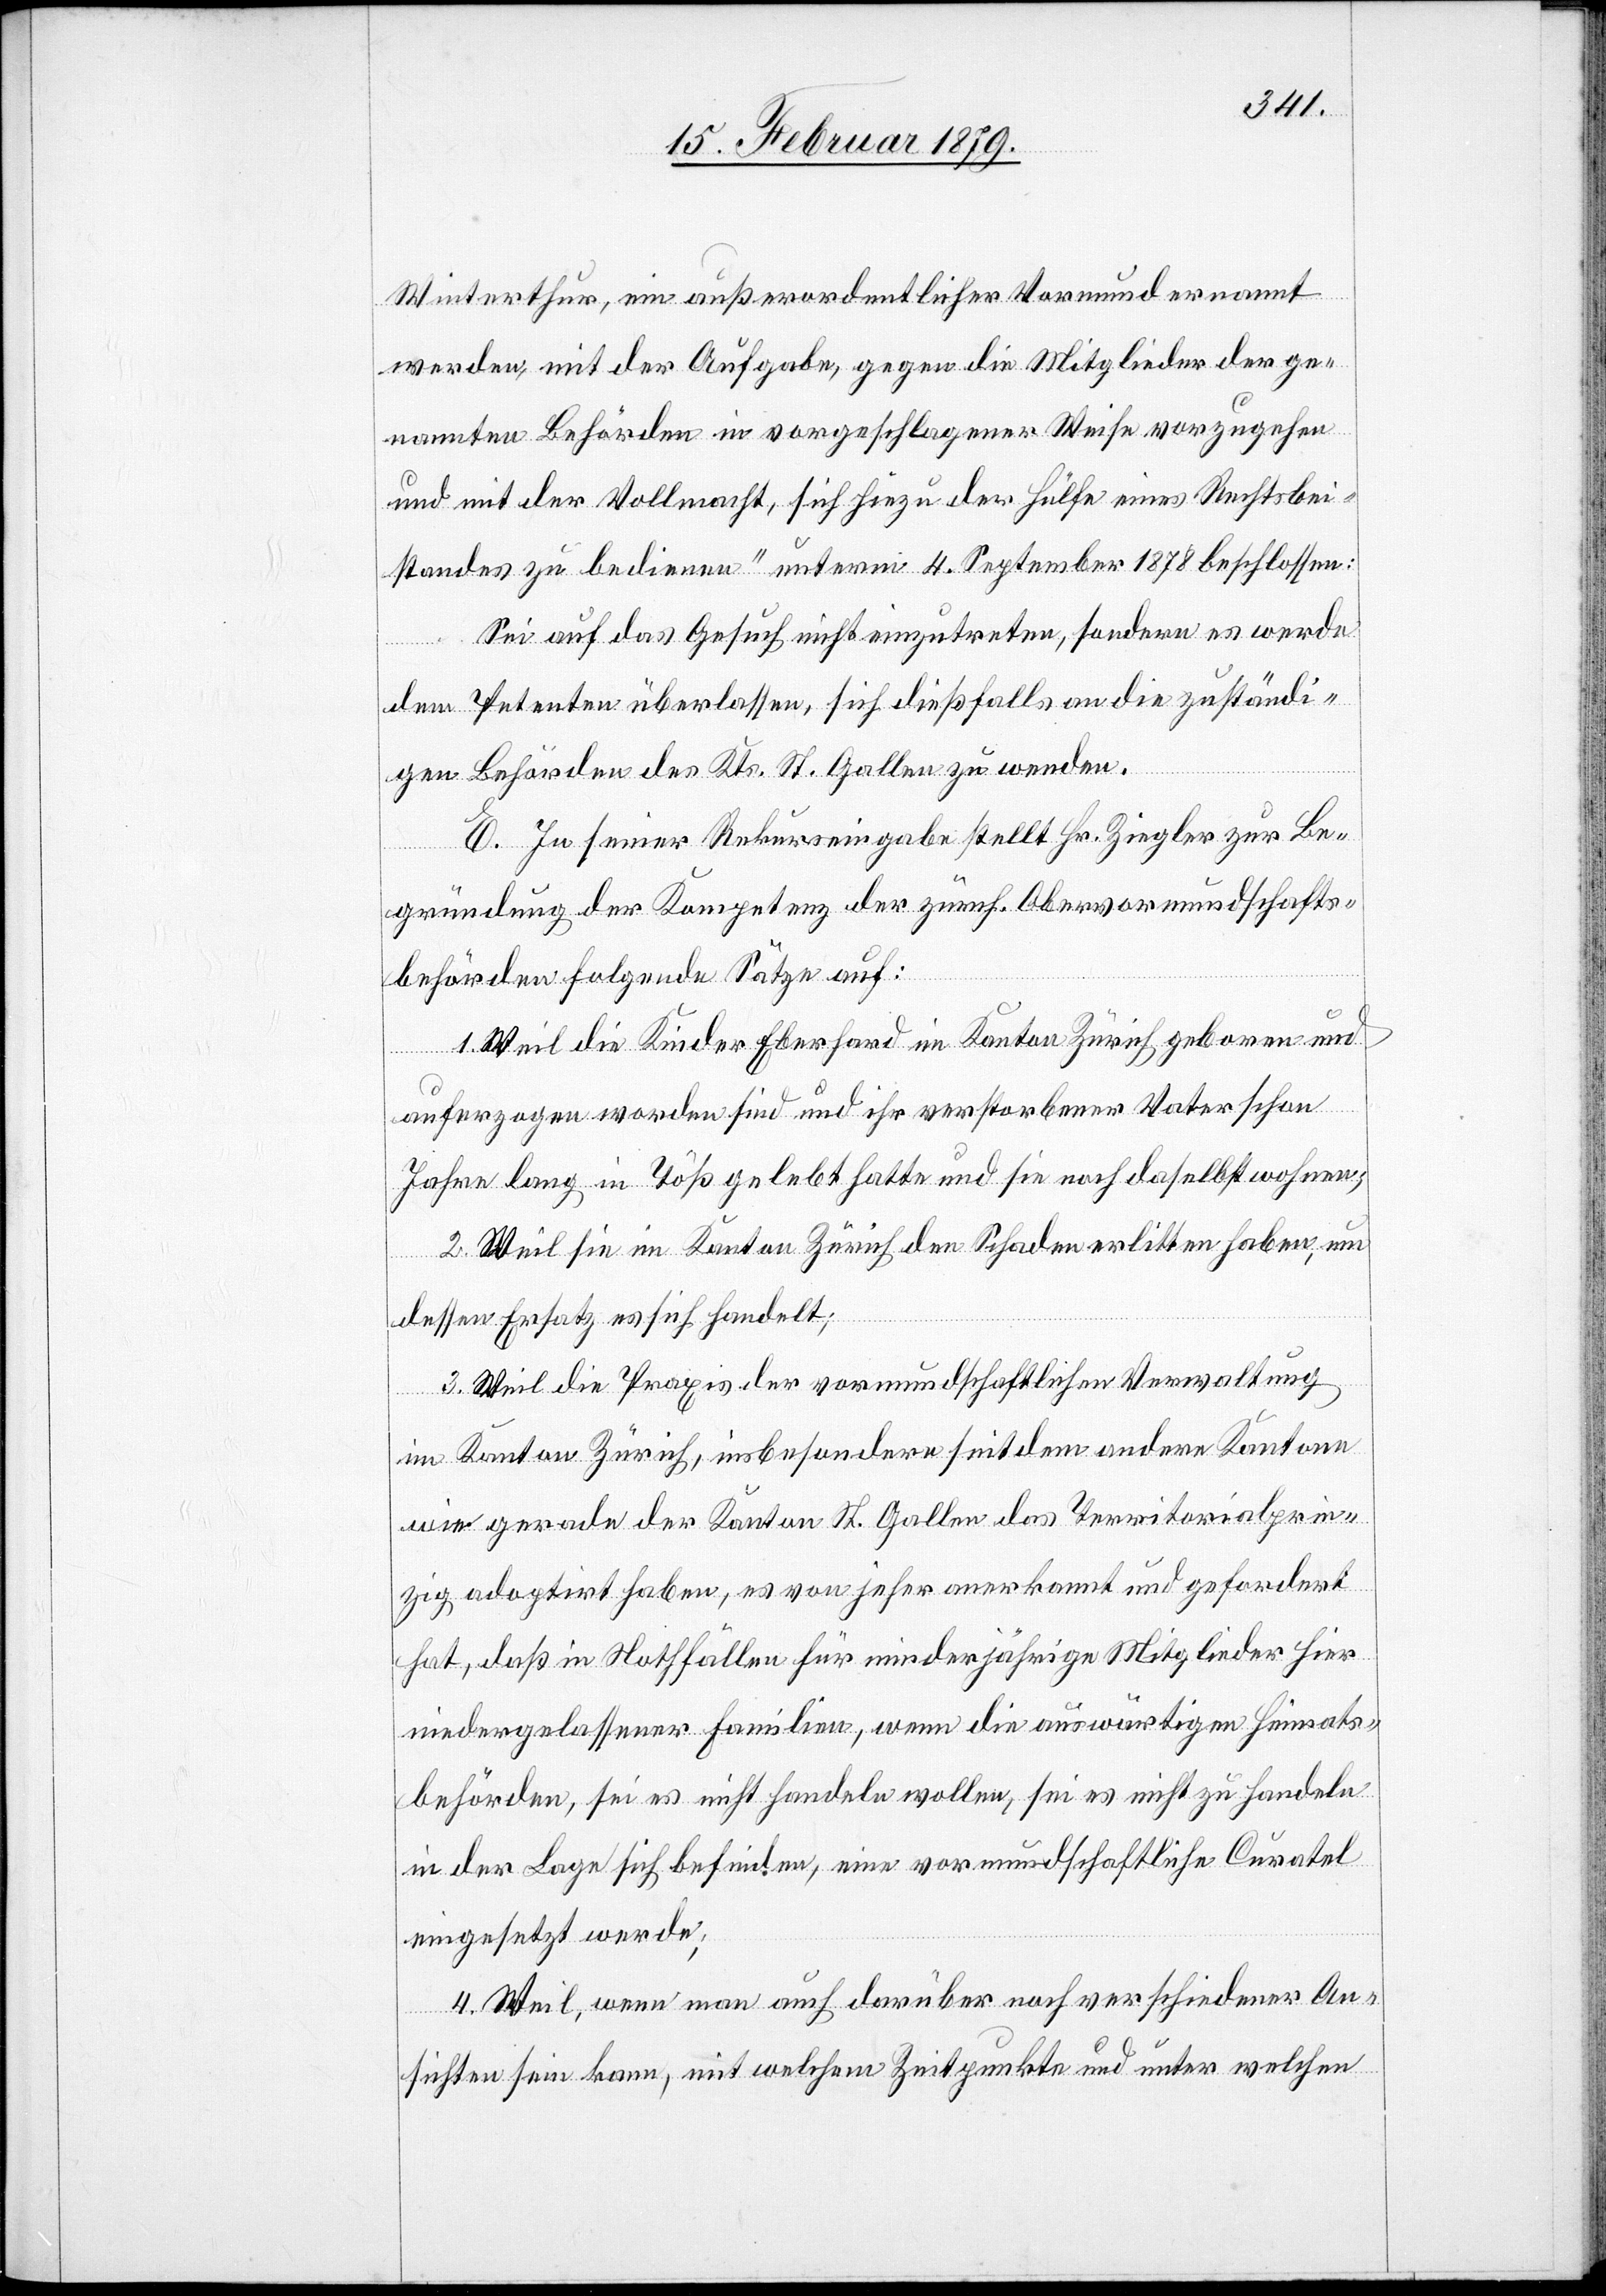
Winterthur, ein außerordentlicher Vormund ernannt
werden, mit der Aufgabe, gegen die Mitglieder der ge¬
nannten Behörden in vorgeschlagener Weise vorzugehen
und mit der Vollmacht, sich hiezu der Hülfe eines Rechtsbei¬
standes zu bedienen“ unterm 4. September 1878 beschlossen:
Sei auf das Gesuch nicht einzutreten, sondern es werde
dem Petenten überlassen, sich dießfalls an die zuständi¬
gen Behörden des Kts. St. Gallen zu wenden.
E. In seiner Rekurseingabe stellt Hr. Ziegler zur Be¬
gründung der Kompetenz der zürch. Obervormundschafts¬
behörden folgende Sätze auf:
1. Weil die Kinder Eberhard im Kanton Zürich geboren und
auferzogen worden sind und ihr verstorbener Vater schon
Jahre lang in Töß gelebt hatte und sie noch daselbst wohnen;
2. Weil sie im Kanton Zürich den Schaden erlitten haben, um
dessen Ersatz es sich handelt;
3. Weil die Praxis der vormundschaftlichen Verwaltung
im Kanton Zürich, insbesondere seitdem andere Kantone
wie gerade der Kanton St. Gallen das Territorialprin¬
zip adoptirt haben, es von jeher anerkannt und gefordert
hat, daß in Nothfällen für minderjährige Mitglieder hier
niedergelassener Familien, wenn die auswärtigen Heimats¬
behörden, sei es nicht handeln wollen, sei es nicht zu handeln
in der Lage sich befinden, eine vormundschaftliche Curatel
eingesetzt werde;
4. Weil, wenn man auch darüber noch verschiedener An¬
sichten sein kann, mit welchem Zeitpunkte und unter welchen